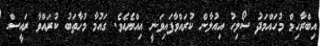
އިބްރާހިމް މުހައްމަދު ސޯލިހު އިއުލާން ކުރައްވާފައިވަނީ އިއްޔެއެވެ. ގައުމާ މުހާތަބު ކުރައްވާ ރައީސް